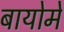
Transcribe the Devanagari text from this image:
बायोमे